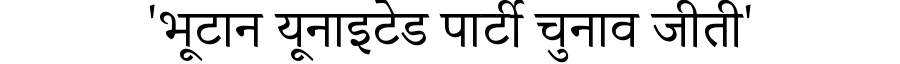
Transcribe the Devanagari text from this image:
'भूटान यूनाइटेड पार्टी चुनाव जीती'